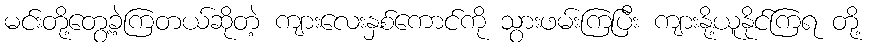
မင်းတို့တွေ့ခဲ့ကြတယ်ဆိုတဲ့ ကျားလေးနှစ်ကောင်ကို သွားဖမ်းကြပြီး ကျားနို့ယူနိုင်ကြရ တို့